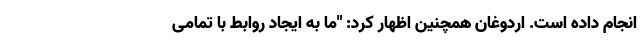
انجام داده است. اردوغان همچنین اظهار کرد: "ما به ایجاد روابط با تمامی